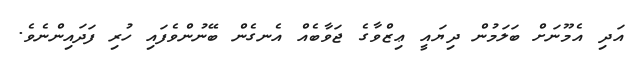
އަދި އެމޫނަށް ބަލަމުން ދިޔައީ ޢިޒްވާގެ ޖަވާބެއް އެނގެން ބޭނުންވެފައި ހުރި ފަދައިންނެވެ.